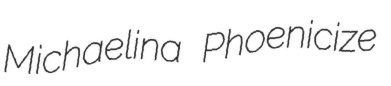
Michaelina Phoenicize